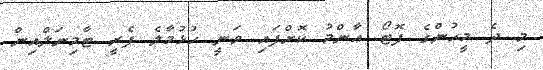
މި ދެ މީހުންގެ ފޮޓޯ ޢާންމު ކޮށްފައި ވަނީ ހުޅުމާލެ ފެރީ ޓާމިނަލްއިން